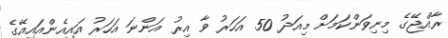
ރާއްޖޭގެ މިނިވަންކަމަށް މިއަދު 50 އަހަރު ވާ އިރު އަންނަ އަހަރު އައިއެންއައިއޭގެ